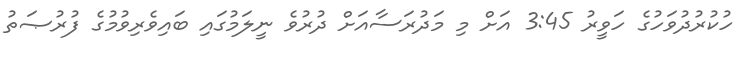
ހުކުރުދުވަހުގެ ހަވީރު 3:45 އަށް މި މަދުރަސާއަށް ދުރުވެ ނީލަމުގައި ބައިވެރިވުމުގެ ފުރުޞަތު